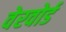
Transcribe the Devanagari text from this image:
वेरवोर्ड